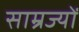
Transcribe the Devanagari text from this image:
साम्रज्यों